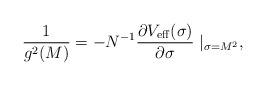
LaTeX: \begin{align*}{1 \over g^2(M)}= -N^{-1} {\partial V_{\rm eff}(\sigma) \over \partial \sigma}\mid _{\sigma =M^2}, \end{align*}